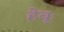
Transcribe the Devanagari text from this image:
हेबूः